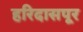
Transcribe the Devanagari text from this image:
हरिदासपूर